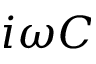
i \omega C